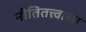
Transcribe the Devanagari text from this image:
नीतितत्त्वाला